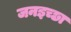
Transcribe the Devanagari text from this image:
जनइच्छा